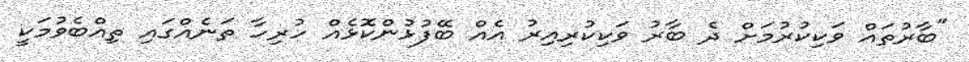
"ބާރުތައް ވަކިކުރުމަށް ދެ ބާރު ވަކިކުރިއިރު އެއް ބޭފުޅުންކޮޅެއް ހުރިހާ ތަނެއްގައި ތިއްބެވުމަކީ